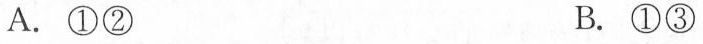
A.①② B.①③